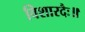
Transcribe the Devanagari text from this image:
विशारदैः॥